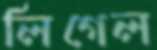
লিগেল